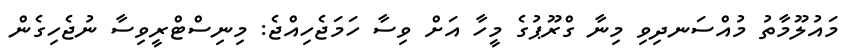
މައުލޫމާތު މުއްސަނދިވި މިނާ ގްރޫޕުގެ މީހާ އަށް ވިސާ ހަމަޖެހިއްޖެ: މިނިސްޓްރީވިސާ ނުޖެހިގެން